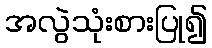
အလွဲသုံးစားပြု၍